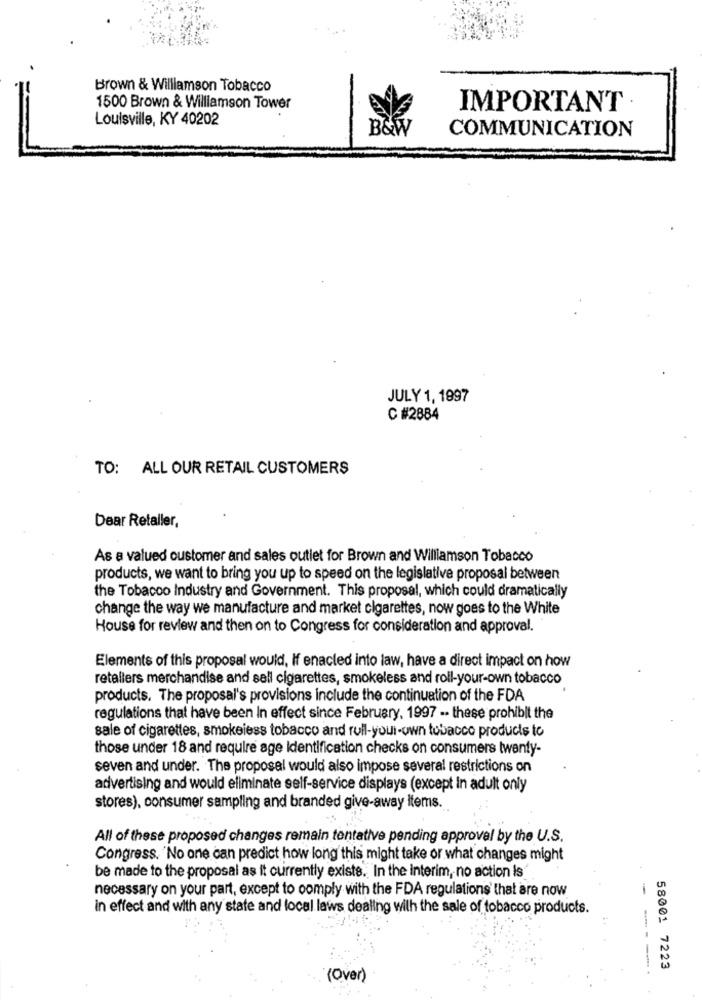
Brown & Williamson Tobacco
1500 Brown & Williamson Tower
IMPORTANT
Louisville, KY 40202
B&W
COMMUNICATION
JULY 1, 1997
C #2884
TO: ALL OUR RETAIL CUSTOMERS
Dear Retaller,
As a valued customer and sales outlet for Brown and Williamson Tobacco
products, we want to bring you up to speed on the legislative proposal between
the Tobacco Industry and Government. This proposal, which could dramatically
change the way we manufacture and market cigarettes, now goes to the White
House for review and then on to Congress for consideration and approval.
Elements of this proposal would, If enacted into law, have a direct impact on how
retailers merchandise and sell cigarettes, smokeless and roll-your-own tobacco
products. The proposal's provisions include the continuation of the FDA
regulations that have been In effect since February, 1997 -. these prohibit the
sale of cigarettes, smokeless tobacco and roll-your-own tobacco products to
those under 18 and require age Identification checks on consumers twenty-
seven and under. The proposal would also impose several restrictions on
advertising and would eliminate self-service displays (except in adult only
stores), consumer sampling and branded give-away items.
All of these proposed changes remain tentative pending approval by the U.S.
Congress. No one can predict how long this might take or what changes might
be made to the proposal as it currently exists. In the interim, no action is"
necessary on your part, except to comply with the FDA regulations that are now
in effect and with any state and local laws dealing with the sale of tobacco products.
---.
58001 7223
(Over)